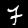
Digit: 7